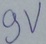
Text: 9V